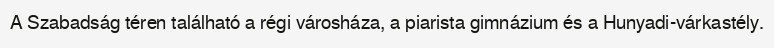
A Szabadság téren található a régi városháza, a piarista gimnázium és a Hunyadi-várkastély.